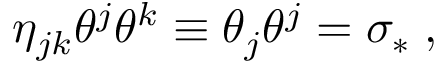
\eta _ { j k } \theta ^ { j } \theta ^ { k } \equiv \theta _ { j } \theta ^ { j } = \sigma _ { \ast } \; ,